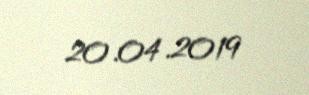
20.04.2019